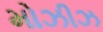
મોઝીઝ